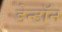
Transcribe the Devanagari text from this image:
डेन्टॉन